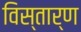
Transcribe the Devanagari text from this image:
विस्तार्ण